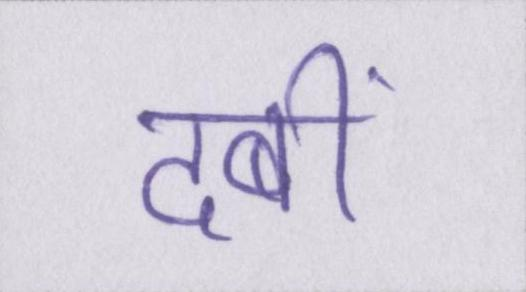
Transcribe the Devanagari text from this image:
दबी